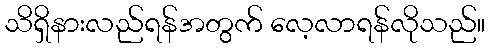
သိရှိနားလည်ရန်အတွက် လေ့လာရန်လိုသည်။